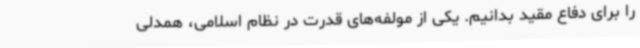
را برای دفاع مقید بدانیم. یکی از مولفه‌های قدرت در نظام اسلامی، همدلی